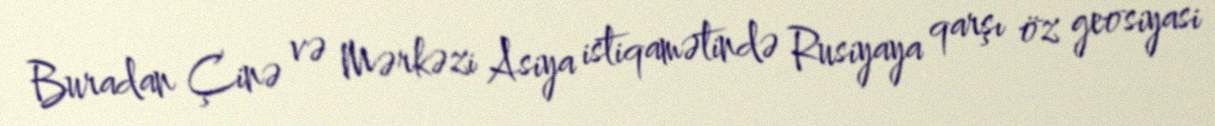
Buradan Çinə və Mərkəzi Asiya istiqamətində Rusiyaya qarşı öz geosiyasi